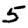
Digit: 5